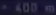
403 m